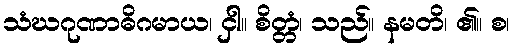
သံဃဂုဏာဓိဂမာယ၊ ငှါ။ စိတ္တံ၊ သည်။ နမတိ၊ ၏။ စ၊